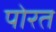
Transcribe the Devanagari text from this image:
पोरत